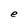
Character: e